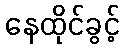
နေထိုင်ခွင့်